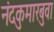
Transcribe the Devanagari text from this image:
नंदकुमारबुवा